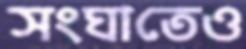
সংঘাতেও